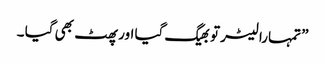
” تمہارا لیٹر تو بھیگ گیا اور پھٹ بھی گیا ۔